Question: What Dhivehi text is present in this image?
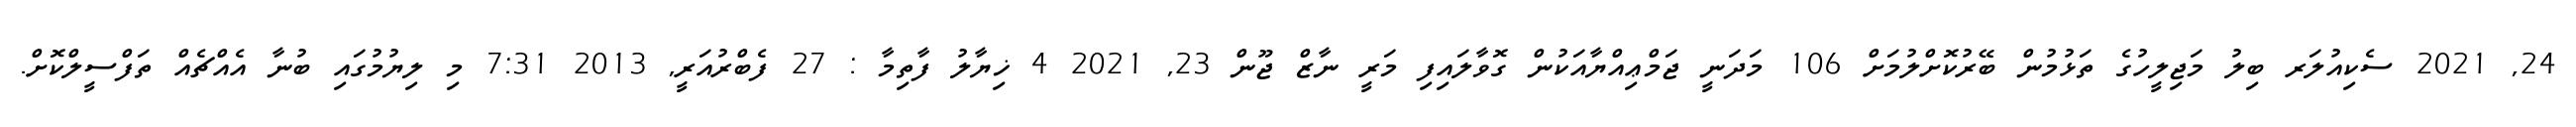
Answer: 24, 2021 ސެކިއުލަރ ބިލު މަޖިލީހުގެ ތަޅުމުން ބޭރުކޮށްލުމަށް 106 މަދަނީ ޖަމްޢިއްޔާއަކުން ގޮވާލައިފި މަރީ ނާޒް ޖޫން 23, 2021 4 ޚިޔާލު ފާތިމާ : 27 ފެބްރުއަރީ, 2013 7:31 މި ލިޔުމުގައި ބުނާ އެއްޗެއް ތަފްސީލްކޮށް.